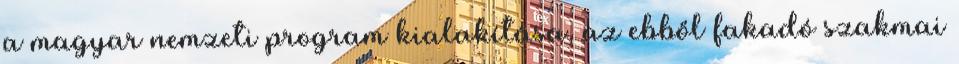
a magyar nemzeti program kialakítása, az ebből fakadó szakmai